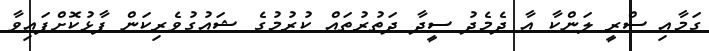
ގަމާއި ސްރީ ލަންކާ އާ ދެމެދު ސީދާ ދަތުރުތައް ކުރުމުގެ ޝައުގުވެރިކަން ފާޅުކޮށްފައިވާ